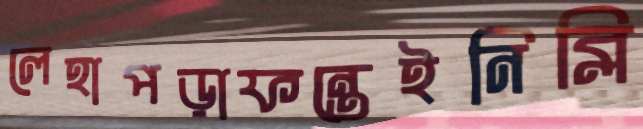
লেহাপড়াফন্তেইনিব্লি